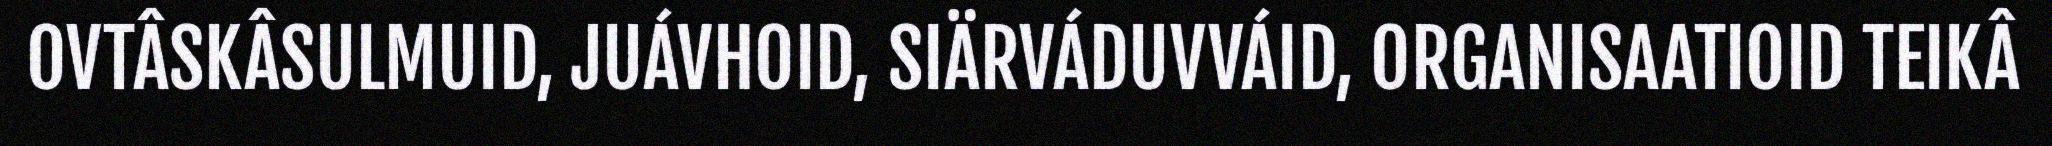
OVTÂSKÂSULMUID, JUÁVHOID, SIÄRVÁDUVVÁID, ORGANISAATIOID TEIKÂ